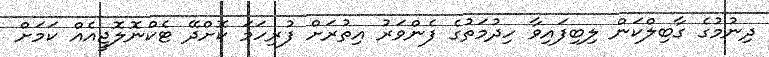
ދިނުމުގެ ގާބިލްކަން ލިބިފައިވާ ހިދުމަތުގެ ފެންވަރު އިތުރަށް ފުރިހަމަ ކޮށްދޭ ޓެކްނޮލޮޖީއެއް ކަމަށް